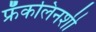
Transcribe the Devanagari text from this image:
फ्रँकलिनशी